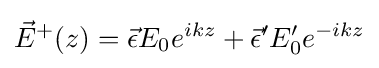
{\vec {E}}^{+}(z)={\vec {\epsilon }}E_{0}e^{ikz}+{\vec {\epsilon }}'E_{0}'e^{-ikz}